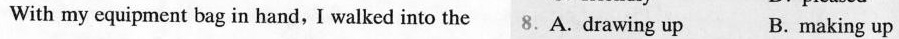
With my equipment bag in hand, I walked into the 8.A. Drawing up B. making up